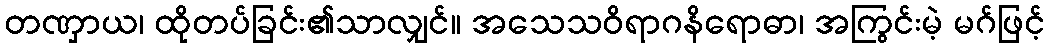
တဏှာယ၊ ထိုတပ်ခြင်း၏သာလျှင်။ အသေသဝိရာဂနိရောဓာ၊ အကြွင်းမဲ့ မဂ်ဖြင့်